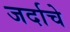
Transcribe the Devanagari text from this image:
जर्दाचे